Plague in India, 1896, 1897 - Volume 3
Year: 1896
Disease focus: Plague
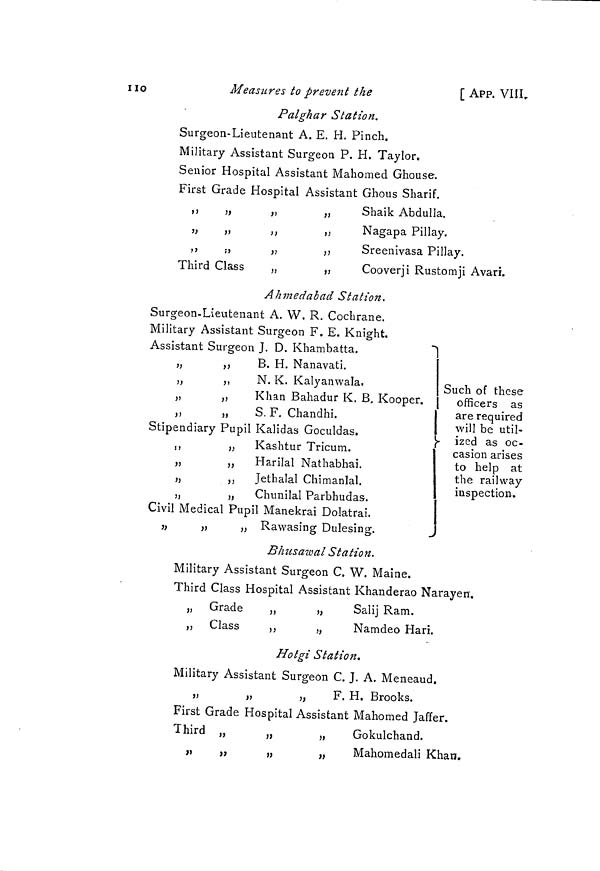
1
10
Measures to prevent the
[ APP. VIII
Palghar Station.
Surgeon-Lieutenant A. E. H. Pinch.
Military Assistant Surgeon P. H. Taylor.
Senior Hospital Assistant Mahomed Ghouse.
First Grade Hospital Assistant Ghous Sharif.
,,
„
,,
„
Shaik Abdulla.
„
„
,,
,,
Nagapa Pillay.
,,
;,
„
,,
Sreenivasa Pillay.
Third Class
,,
,,
Cooverji Rustomji Avari.
Such of these
officers as
are required
will be util-
ized as oc-
casion arises
to help at
the railway
inspection.
Ahmedabad Station.
Surgeon-Lieutenant A. W. R. Cochrane.
Military Assistant Surgeon F. E. Knight.
Assistant Surgeon J. D. Khambatta.
„
,,
B. H. Nanavati.
,,
,,
N. K. Kalyanwala.
„
„
Khan Bahadur K. B, Kooper.
,,
„
S. F. Chandhi.
Stipendiary Pupil Kalidas Goculdas.
,,
„ Kashtur Tricum.
„
„
Harilal Nathabhai.
„
,,
Jethalal Chimanlal.
,,
„
Chunilal Parbhudas-.
Civil Medical Pupil Manekrai Dolatrai.
„
„
„ Rawasing Dulesing.
Bhusawal Station.
Military Assistant Surgeon C. W. Maine.
Third Class Hospital Assistant Khanderao Narayen.
„ Grade
„
„
Salij Ram.
,, Class
,,
„
Namdeo Hari.
Hotgi Station.
Military Assistant Surgeon C. J. A. Meneaud.
„
„
„
F. H. Brooks.
First Grade Hospital Assistant Mahomed Jaffer.
Third „
„
„
Gokulchand.
,,
„
„
„
Mahomedali Khan.